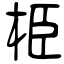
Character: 栕